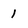
Character: 1